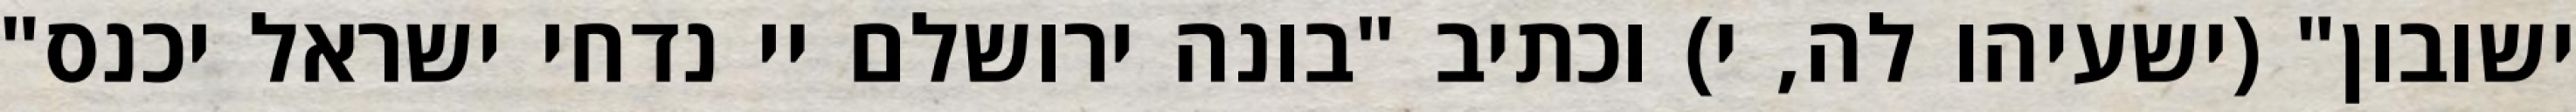
ישובון" (ישעיהו לה, י) וכתיב "בונה ירושלם יי נדחי ישראל יכנס"